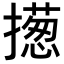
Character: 𢶰